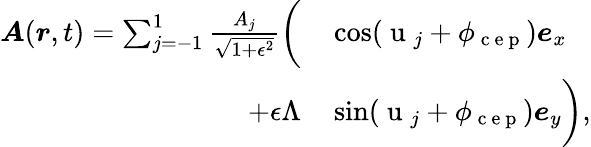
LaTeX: \begin{array}{rl}{\boldsymbol{A}(\boldsymbol{r},t)=\sum_{j=-1}^{1}\frac{A_{j}}{\sqrt{1+\epsilon^{2}}}\biggl(}&{{}\cos(\mathrm{~u~}_{j}+\phi_{\mathrm{~c~e~p~}})\boldsymbol{e}_{x}}\\ {+\epsilon\Lambda}&{{}\sin(\mathrm{~u~}_{j}+\phi_{\mathrm{~c~e~p~}})\boldsymbol{e}_{y}\biggr),}\end{array}